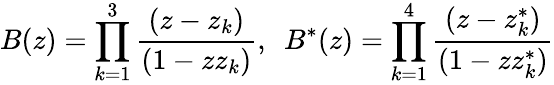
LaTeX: B(z)=\prod_{k=1}^{3}{\frac{(z-z_{k})}{(1-zz_{k})}},~~B^{*}(z)=\prod_{k=1}^{4}{\frac{(z-z_{k}^{*})}{(1-zz_{k}^{*})}}